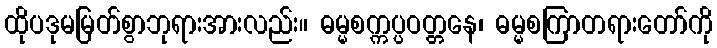
ထိုပဒုမမြတ်စွာဘုရားအားလည်း။ ဓမ္မစက္ကပ္ပဝတ္တနေ၊ ဓမ္မစကြာတရားတော်ကို